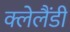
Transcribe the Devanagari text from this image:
क्लेलैंडी